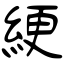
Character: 綆